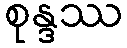
စုန္ဒဿ